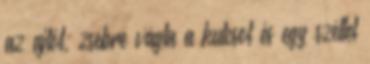
az ajtót, zsebre vágta a kulcsot és egy széllel